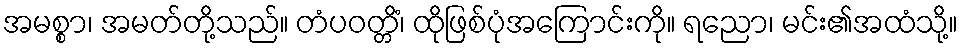
အမစ္စာ၊ အမတ်တို့သည်။ တံပဝတ္တိံ၊ ထိုဖြစ်ပုံအကြောင်းကို။ ရညော၊ မင်း၏အထံသို့။